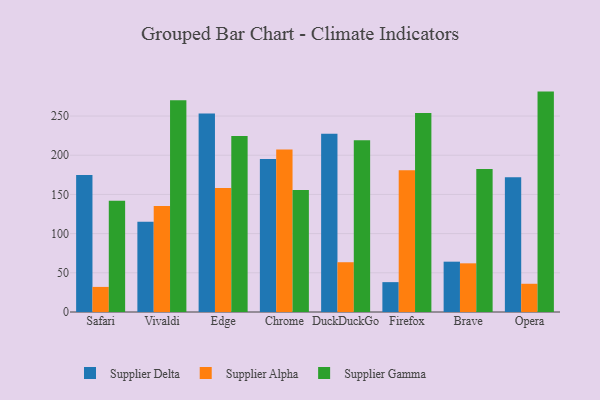
{"axis": {"x": "Browser", "y": "Website Visitors"}, "legend": ["Supplier Alpha", "Supplier Delta", "Supplier Gamma"], "data": [{"x": "Safari", "y": 174.9, "type": "Supplier Delta"}, {"x": "Safari", "y": 32.0, "type": "Supplier Alpha"}, {"x": "Safari", "y": 142.0, "type": "Supplier Gamma"}, {"x": "Vivaldi", "y": 115.3, "type": "Supplier Delta"}, {"x": "Vivaldi", "y": 135.2, "type": "Supplier Alpha"}, {"x": "Vivaldi", "y": 270.3, "type": "Supplier Gamma"}, {"x": "Edge", "y": 253.2, "type": "Supplier Delta"}, {"x": "Edge", "y": 158.2, "type": "Supplier Alpha"}, {"x": "Edge", "y": 224.6, "type": "Supplier Gamma"}, {"x": "Chrome", "y": 195.2, "type": "Supplier Delta"}, {"x": "Chrome", "y": 207.4, "type": "Supplier Alpha"}, {"x": "Chrome", "y": 155.8, "type": "Supplier Gamma"}, {"x": "DuckDuckGo", "y": 227.4, "type": "Supplier Delta"}, {"x": "DuckDuckGo", "y": 63.5, "type": "Supplier Alpha"}, {"x": "DuckDuckGo", "y": 219.2, "type": "Supplier Gamma"}, {"x": "Firefox", "y": 38.1, "type": "Supplier Delta"}, {"x": "Firefox", "y": 180.9, "type": "Supplier Alpha"}, {"x": "Firefox", "y": 253.9, "type": "Supplier Gamma"}, {"x": "Brave", "y": 64.2, "type": "Supplier Delta"}, {"x": "Brave", "y": 62.1, "type": "Supplier Alpha"}, {"x": "Brave", "y": 182.5, "type": "Supplier Gamma"}, {"x": "Opera", "y": 171.8, "type": "Supplier Delta"}, {"x": "Opera", "y": 36.0, "type": "Supplier Alpha"}, {"x": "Opera", "y": 281.2, "type": "Supplier Gamma"}]}